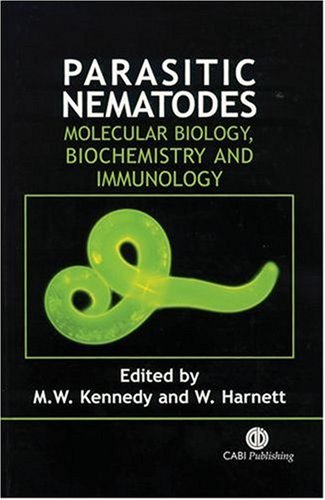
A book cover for Parasitic Nematodes: Molecular Biology, Biochemistry and Immunology (Cabi); CABI; Medical Books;